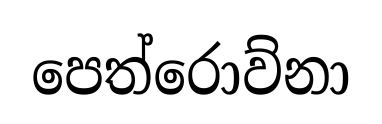
පෙත්රොව්නා